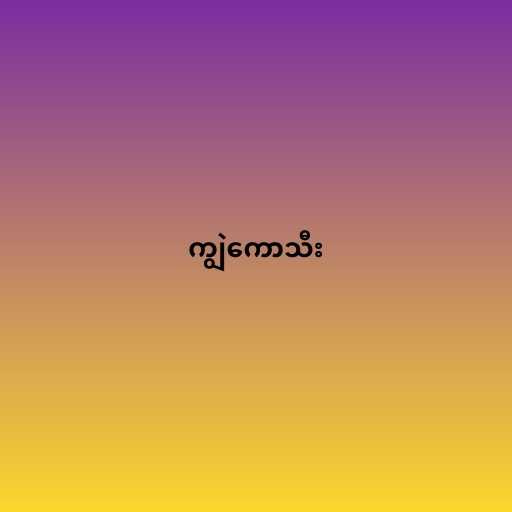
ကျွဲကောသီး